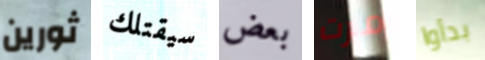
ثورين سيقتلك بعض مرت بدأوا